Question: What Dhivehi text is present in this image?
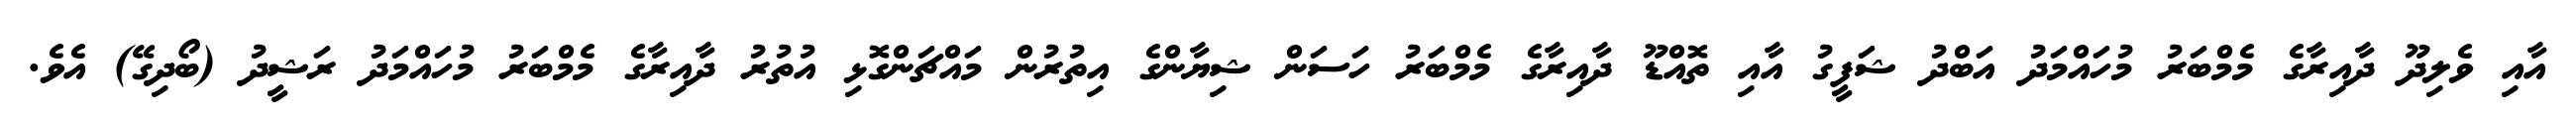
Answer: އާއި ވެލިދޫ ދާއިރާގެ މެމްބަރު މުހައްމަދު އަބްދު ޝަފީގު އާއި ތޮއްޑޫ ދާއިރާގެ މެމްބަރު ހަސަން ޝިޔާންގެ އިތުރުން މައްޗަންގޮޅި އުތުރު ދާއިރާގެ މެމްބަރު މުހައްމަދު ރަޝީދު (ބޯދިގޭ) އެވެ.